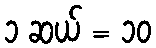
၁ ဆယ် = ၁၀